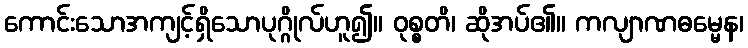
ကောင်းသောအကျင့်ရှိသောပုဂ္ဂိုလ်ဟူ၍။ ဝုစ္စတိ၊ ဆိုအပ်၏။ ကလျာဏဓမ္မေန၊